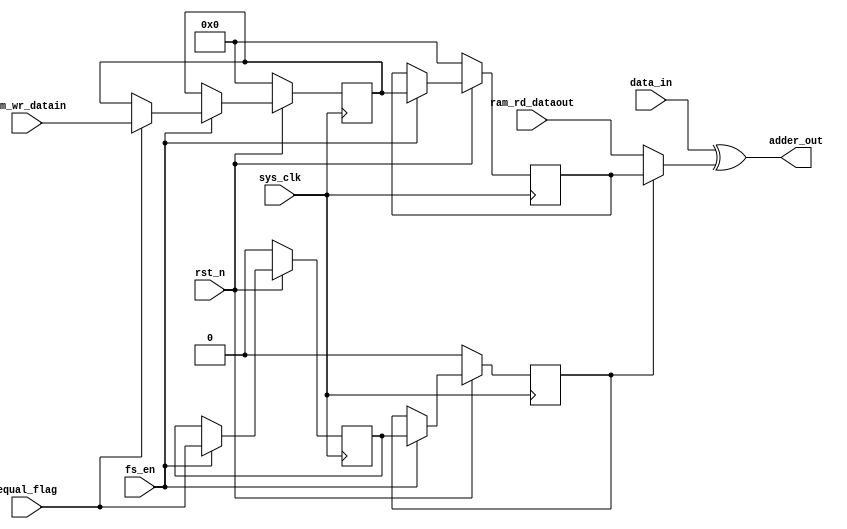
`timescale 1ns / 1ps
module adder_xor(
input	          							sys_clk,
input											fs_en,
input	          							rst_n,
//////////////////////////////////////////////////////////////
input	          			[359:0] 		data_in,
input	          			[359:0] 		ram_rd_dataout,
input	          			[359:0] 		ram_wr_datain,
input	          							equal_flag,
//////////////////////////////////////////////////////////////

output      	   		[359:0] 		adder_out
);

reg							[359:0]     ram_rd_data_get;
reg							[359:0]     ram_rd_data_get_1dly;

always @(posedge sys_clk)begin
	if(~rst_n)begin
		ram_rd_data_get <= 360'h00;
	end
	else if(fs_en == 1'b1)begin
		if(equal_flag)begin
			ram_rd_data_get <= ram_wr_datain;
		end
	end
	else begin
	end
end

always @(posedge sys_clk)begin
	if(~rst_n)begin
		ram_rd_data_get_1dly <= 360'h00;
	end
	else if(fs_en == 1'b1)begin
		ram_rd_data_get_1dly <= ram_rd_data_get;
	end
	else begin
	end
end

reg	          							equal_flag_1dly;
reg	          							equal_flag_2dly;

always @(posedge sys_clk)begin
	if(~rst_n)begin
		equal_flag_1dly <= 1'b0;
		equal_flag_2dly <= 1'b0;
	end
	else if(fs_en == 1'b1)begin
		equal_flag_1dly <= equal_flag;
		equal_flag_2dly <= equal_flag_1dly;
	end
	else begin
	end
end


wire							[359:0]     ram_rd_data;

assign	ram_rd_data = (equal_flag_2dly == 1'b1)?ram_rd_data_get_1dly:ram_rd_dataout;

assign adder_out = data_in^ram_rd_data;//{data_in[359]^ram_rd_data[359],data_in[358]^ram_rd_data[358],data_in[357]^ram_rd_data[357],data_in[356]^ram_rd_data[356],data_in[355]^ram_rd_data[355],data_in[354]^ram_rd_data[354],data_in[353]^ram_rd_data[353],data_in[352]^ram_rd_data[352],data_in[351]^ram_rd_data[351],data_in[350]^ram_rd_data[350],data_in[349]^ram_rd_data[349],data_in[348]^ram_rd_data[348],data_in[347]^ram_rd_data[347],data_in[346]^ram_rd_data[346],data_in[345]^ram_rd_data[345],data_in[344]^ram_rd_data[344],data_in[343]^ram_rd_data[343],data_in[342]^ram_rd_data[342],data_in[341]^ram_rd_data[341],data_in[340]^ram_rd_data[340],data_in[339]^ram_rd_data[339],data_in[338]^ram_rd_data[338],data_in[337]^ram_rd_data[337],data_in[336]^ram_rd_data[336],data_in[335]^ram_rd_data[335],data_in[334]^ram_rd_data[334],data_in[333]^ram_rd_data[333],data_in[332]^ram_rd_data[332],data_in[331]^ram_rd_data[331],data_in[330]^ram_rd_data[330],data_in[329]^ram_rd_data[329],data_in[328]^ram_rd_data[328],data_in[327]^ram_rd_data[327],data_in[326]^ram_rd_data[326],data_in[325]^ram_rd_data[325],data_in[324]^ram_rd_data[324],data_in[323]^ram_rd_data[323],data_in[322]^ram_rd_data[322],data_in[321]^ram_rd_data[321],data_in[320]^ram_rd_data[320],data_in[319]^ram_rd_data[319],data_in[318]^ram_rd_data[318],data_in[317]^ram_rd_data[317],data_in[316]^ram_rd_data[316],data_in[315]^ram_rd_data[315],data_in[314]^ram_rd_data[314],data_in[313]^ram_rd_data[313],data_in[312]^ram_rd_data[312],data_in[311]^ram_rd_data[311],data_in[310]^ram_rd_data[310],data_in[309]^ram_rd_data[309],data_in[308]^ram_rd_data[308],data_in[307]^ram_rd_data[307],data_in[306]^ram_rd_data[306],data_in[305]^ram_rd_data[305],data_in[304]^ram_rd_data[304],data_in[303]^ram_rd_data[303],data_in[302]^ram_rd_data[302],data_in[301]^ram_rd_data[301],data_in[300]^ram_rd_data[300],data_in[299]^ram_rd_data[299],data_in[298]^ram_rd_data[298],data_in[297]^ram_rd_data[297],data_in[296]^ram_rd_data[296],data_in[295]^ram_rd_data[295],data_in[294]^ram_rd_data[294],data_in[293]^ram_rd_data[293],data_in[292]^ram_rd_data[292],data_in[291]^ram_rd_data[291],data_in[290]^ram_rd_data[290],data_in[289]^ram_rd_data[289],data_in[288]^ram_rd_data[288],data_in[287]^ram_rd_data[287],data_in[286]^ram_rd_data[286],data_in[285]^ram_rd_data[285],data_in[284]^ram_rd_data[284],data_in[283]^ram_rd_data[283],data_in[282]^ram_rd_data[282],data_in[281]^ram_rd_data[281],data_in[280]^ram_rd_data[280],data_in[279]^ram_rd_data[279],data_in[278]^ram_rd_data[278],data_in[277]^ram_rd_data[277],data_in[276]^ram_rd_data[276],data_in[275]^ram_rd_data[275],data_in[274]^ram_rd_data[274],data_in[273]^ram_rd_data[273],data_in[272]^ram_rd_data[272],data_in[271]^ram_rd_data[271],data_in[270]^ram_rd_data[270],data_in[269]^ram_rd_data[269],data_in[268]^ram_rd_data[268],data_in[267]^ram_rd_data[267],data_in[266]^ram_rd_data[266],data_in[265]^ram_rd_data[265],data_in[264]^ram_rd_data[264],data_in[263]^ram_rd_data[263],data_in[262]^ram_rd_data[262],data_in[261]^ram_rd_data[261],data_in[260]^ram_rd_data[260],data_in[259]^ram_rd_data[259],data_in[258]^ram_rd_data[258],data_in[257]^ram_rd_data[257],data_in[256]^ram_rd_data[256],data_in[255]^ram_rd_data[255],data_in[254]^ram_rd_data[254],data_in[253]^ram_rd_data[253],data_in[252]^ram_rd_data[252],data_in[251]^ram_rd_data[251],data_in[250]^ram_rd_data[250],data_in[249]^ram_rd_data[249],data_in[248]^ram_rd_data[248],data_in[247]^ram_rd_data[247],data_in[246]^ram_rd_data[246],data_in[245]^ram_rd_data[245],data_in[244]^ram_rd_data[244],data_in[243]^ram_rd_data[243],data_in[242]^ram_rd_data[242],data_in[241]^ram_rd_data[241],data_in[240]^ram_rd_data[240],data_in[239]^ram_rd_data[239],data_in[238]^ram_rd_data[238],data_in[237]^ram_rd_data[237],data_in[236]^ram_rd_data[236],data_in[235]^ram_rd_data[235],data_in[234]^ram_rd_data[234],data_in[233]^ram_rd_data[233],data_in[232]^ram_rd_data[232],data_in[231]^ram_rd_data[231],data_in[230]^ram_rd_data[230],data_in[229]^ram_rd_data[229],data_in[228]^ram_rd_data[228],data_in[227]^ram_rd_data[227],data_in[226]^ram_rd_data[226],data_in[225]^ram_rd_data[225],data_in[224]^ram_rd_data[224],data_in[223]^ram_rd_data[223],data_in[222]^ram_rd_data[222],data_in[221]^ram_rd_data[221],data_in[220]^ram_rd_data[220],data_in[219]^ram_rd_data[219],data_in[218]^ram_rd_data[218],data_in[217]^ram_rd_data[217],data_in[216]^ram_rd_data[216],data_in[215]^ram_rd_data[215],data_in[214]^ram_rd_data[214],data_in[213]^ram_rd_data[213],data_in[212]^ram_rd_data[212],data_in[211]^ram_rd_data[211],data_in[210]^ram_rd_data[210],data_in[209]^ram_rd_data[209],data_in[208]^ram_rd_data[208],data_in[207]^ram_rd_data[207],data_in[206]^ram_rd_data[206],data_in[205]^ram_rd_data[205],data_in[204]^ram_rd_data[204],data_in[203]^ram_rd_data[203],data_in[202]^ram_rd_data[202],data_in[201]^ram_rd_data[201],data_in[200]^ram_rd_data[200],data_in[199]^ram_rd_data[199],data_in[198]^ram_rd_data[198],data_in[197]^ram_rd_data[197],data_in[196]^ram_rd_data[196],data_in[195]^ram_rd_data[195],data_in[194]^ram_rd_data[194],data_in[193]^ram_rd_data[193],data_in[192]^ram_rd_data[192],data_in[191]^ram_rd_data[191],data_in[190]^ram_rd_data[190],data_in[189]^ram_rd_data[189],data_in[188]^ram_rd_data[188],data_in[187]^ram_rd_data[187],data_in[186]^ram_rd_data[186],data_in[185]^ram_rd_data[185],data_in[184]^ram_rd_data[184],data_in[183]^ram_rd_data[183],data_in[182]^ram_rd_data[182],data_in[181]^ram_rd_data[181],data_in[180]^ram_rd_data[180],data_in[179]^ram_rd_data[179],data_in[178]^ram_rd_data[178],data_in[177]^ram_rd_data[177],data_in[176]^ram_rd_data[176],data_in[175]^ram_rd_data[175],data_in[174]^ram_rd_data[174],data_in[173]^ram_rd_data[173],data_in[172]^ram_rd_data[172],data_in[171]^ram_rd_data[171],data_in[170]^ram_rd_data[170],data_in[169]^ram_rd_data[169],data_in[168]^ram_rd_data[168],data_in[167]^ram_rd_data[167],data_in[166]^ram_rd_data[166],data_in[165]^ram_rd_data[165],data_in[164]^ram_rd_data[164],data_in[163]^ram_rd_data[163],data_in[162]^ram_rd_data[162],data_in[161]^ram_rd_data[161],data_in[160]^ram_rd_data[160],data_in[159]^ram_rd_data[159],data_in[158]^ram_rd_data[158],data_in[157]^ram_rd_data[157],data_in[156]^ram_rd_data[156],data_in[155]^ram_rd_data[155],data_in[154]^ram_rd_data[154],data_in[153]^ram_rd_data[153],data_in[152]^ram_rd_data[152],data_in[151]^ram_rd_data[151],data_in[150]^ram_rd_data[150],data_in[149]^ram_rd_data[149],data_in[148]^ram_rd_data[148],data_in[147]^ram_rd_data[147],data_in[146]^ram_rd_data[146],data_in[145]^ram_rd_data[145],data_in[144]^ram_rd_data[144],data_in[143]^ram_rd_data[143],data_in[142]^ram_rd_data[142],data_in[141]^ram_rd_data[141],data_in[140]^ram_rd_data[140],data_in[139]^ram_rd_data[139],data_in[138]^ram_rd_data[138],data_in[137]^ram_rd_data[137],data_in[136]^ram_rd_data[136],data_in[135]^ram_rd_data[135],data_in[134]^ram_rd_data[134],data_in[133]^ram_rd_data[133],data_in[132]^ram_rd_data[132],data_in[131]^ram_rd_data[131],data_in[130]^ram_rd_data[130],data_in[129]^ram_rd_data[129],data_in[128]^ram_rd_data[128],data_in[127]^ram_rd_data[127],data_in[126]^ram_rd_data[126],data_in[125]^ram_rd_data[125],data_in[124]^ram_rd_data[124],data_in[123]^ram_rd_data[123],data_in[122]^ram_rd_data[122],data_in[121]^ram_rd_data[121],data_in[120]^ram_rd_data[120],data_in[119]^ram_rd_data[119],data_in[118]^ram_rd_data[118],data_in[117]^ram_rd_data[117],data_in[116]^ram_rd_data[116],data_in[115]^ram_rd_data[115],data_in[114]^ram_rd_data[114],data_in[113]^ram_rd_data[113],data_in[112]^ram_rd_data[112],data_in[111]^ram_rd_data[111],data_in[110]^ram_rd_data[110],data_in[109]^ram_rd_data[109],data_in[108]^ram_rd_data[108],data_in[107]^ram_rd_data[107],data_in[106]^ram_rd_data[106],data_in[105]^ram_rd_data[105],data_in[104]^ram_rd_data[104],data_in[103]^ram_rd_data[103],data_in[102]^ram_rd_data[102],data_in[101]^ram_rd_data[101],data_in[100]^ram_rd_data[100],data_in[99]^ram_rd_data[99],data_in[98]^ram_rd_data[98],data_in[97]^ram_rd_data[97],data_in[96]^ram_rd_data[96],data_in[95]^ram_rd_data[95],data_in[94]^ram_rd_data[94],data_in[93]^ram_rd_data[93],data_in[92]^ram_rd_data[92],data_in[91]^ram_rd_data[91],data_in[90]^ram_rd_data[90],data_in[89]^ram_rd_data[89],data_in[88]^ram_rd_data[88],data_in[87]^ram_rd_data[87],data_in[86]^ram_rd_data[86],data_in[85]^ram_rd_data[85],data_in[84]^ram_rd_data[84],data_in[83]^ram_rd_data[83],data_in[82]^ram_rd_data[82],data_in[81]^ram_rd_data[81],data_in[80]^ram_rd_data[80],data_in[79]^ram_rd_data[79],data_in[78]^ram_rd_data[78],data_in[77]^ram_rd_data[77],data_in[76]^ram_rd_data[76],data_in[75]^ram_rd_data[75],data_in[74]^ram_rd_data[74],data_in[73]^ram_rd_data[73],data_in[72]^ram_rd_data[72],data_in[71]^ram_rd_data[71],data_in[70]^ram_rd_data[70],data_in[69]^ram_rd_data[69],data_in[68]^ram_rd_data[68],data_in[67]^ram_rd_data[67],data_in[66]^ram_rd_data[66],data_in[65]^ram_rd_data[65],data_in[64]^ram_rd_data[64],data_in[63]^ram_rd_data[63],data_in[62]^ram_rd_data[62],data_in[61]^ram_rd_data[61],data_in[60]^ram_rd_data[60],data_in[59]^ram_rd_data[59],data_in[58]^ram_rd_data[58],data_in[57]^ram_rd_data[57],data_in[56]^ram_rd_data[56],data_in[55]^ram_rd_data[55],data_in[54]^ram_rd_data[54],data_in[53]^ram_rd_data[53],data_in[52]^ram_rd_data[52],data_in[51]^ram_rd_data[51],data_in[50]^ram_rd_data[50],data_in[49]^ram_rd_data[49],data_in[48]^ram_rd_data[48],data_in[47]^ram_rd_data[47],data_in[46]^ram_rd_data[46],data_in[45]^ram_rd_data[45],data_in[44]^ram_rd_data[44],data_in[43]^ram_rd_data[43],data_in[42]^ram_rd_data[42],data_in[41]^ram_rd_data[41],data_in[40]^ram_rd_data[40],data_in[39]^ram_rd_data[39],data_in[38]^ram_rd_data[38],data_in[37]^ram_rd_data[37],data_in[36]^ram_rd_data[36],data_in[35]^ram_rd_data[35],data_in[34]^ram_rd_data[34],data_in[33]^ram_rd_data[33],data_in[32]^ram_rd_data[32],data_in[31]^ram_rd_data[31],data_in[30]^ram_rd_data[30],data_in[29]^ram_rd_data[29],data_in[28]^ram_rd_data[28],data_in[27]^ram_rd_data[27],data_in[26]^ram_rd_data[26],data_in[25]^ram_rd_data[25],data_in[24]^ram_rd_data[24],data_in[23]^ram_rd_data[23],data_in[22]^ram_rd_data[22],data_in[21]^ram_rd_data[21],data_in[20]^ram_rd_data[20],data_in[19]^ram_rd_data[19],data_in[18]^ram_rd_data[18],data_in[17]^ram_rd_data[17],data_in[16]^ram_rd_data[16],data_in[15]^ram_rd_data[15],data_in[14]^ram_rd_data[14],data_in[13]^ram_rd_data[13],data_in[12]^ram_rd_data[12],data_in[11]^ram_rd_data[11],data_in[10]^ram_rd_data[10],data_in[9]^ram_rd_data[9],data_in[8]^ram_rd_data[8],data_in[7]^ram_rd_data[7],data_in[6]^ram_rd_data[6],data_in[5]^ram_rd_data[5],data_in[4]^ram_rd_data[4],data_in[3]^ram_rd_data[3],data_in[2]^ram_rd_data[2],data_in[1]^ram_rd_data[1],data_in[0]^ram_rd_data[0]};

endmodule